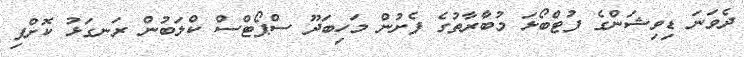
ދެވަނަ ޑިވިޝަންގެ ފުޓްބޯޅަ މުބާރާތުގެ ފެށުން މަހިބަދޫ ސްޕޯޓްސް ކްލަބުން ރަނގަޅު ކޮށްފި